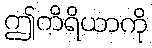
ဤကိရိယာကို